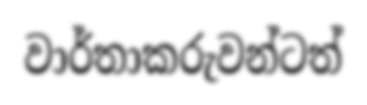
වාර්තාකරුවන්ටත්